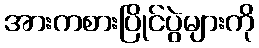
အားကစားပြိုင်ပွဲများကို